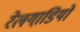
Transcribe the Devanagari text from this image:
रेलगाडि़यों